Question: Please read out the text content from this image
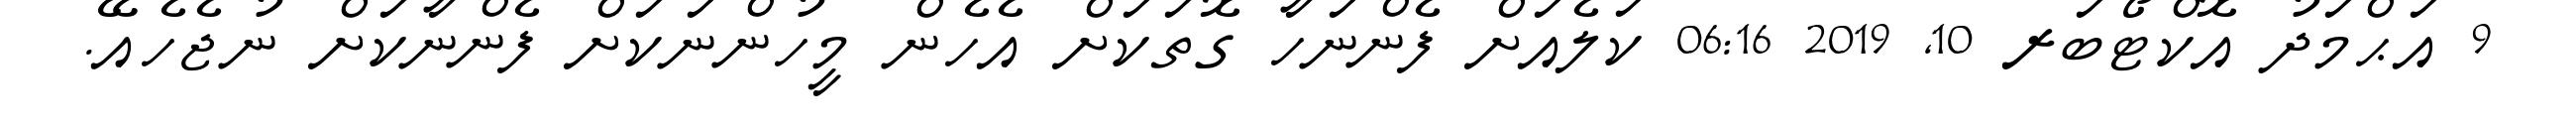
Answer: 9 އަޙްމަދު އޮކްޓޯބަރ 10, 2019 06:16 ކަލެއަށް ފެންނަހާ ގޮތަކަށް އެހެން މީހުންނަކަށް ފެންނާކަށް ނުޖެހެއޭ.